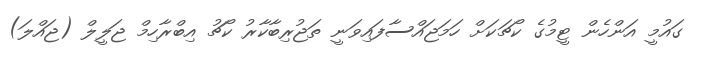
ގައުމީ އަންހެން ޓީމުގެ ކޯޗަކަށް ހަމަޖައްސާފައިވަނީ ތަޖުރިބާކާރު ކޯޗު އިބްރާހިމް ޖަލީލް (ޖައްލަ)